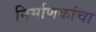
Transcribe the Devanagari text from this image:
निर्माणकांचा